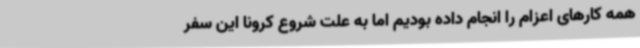
همه کارهای اعزام را انجام داده بودیم اما به علت شروع کرونا این سفر